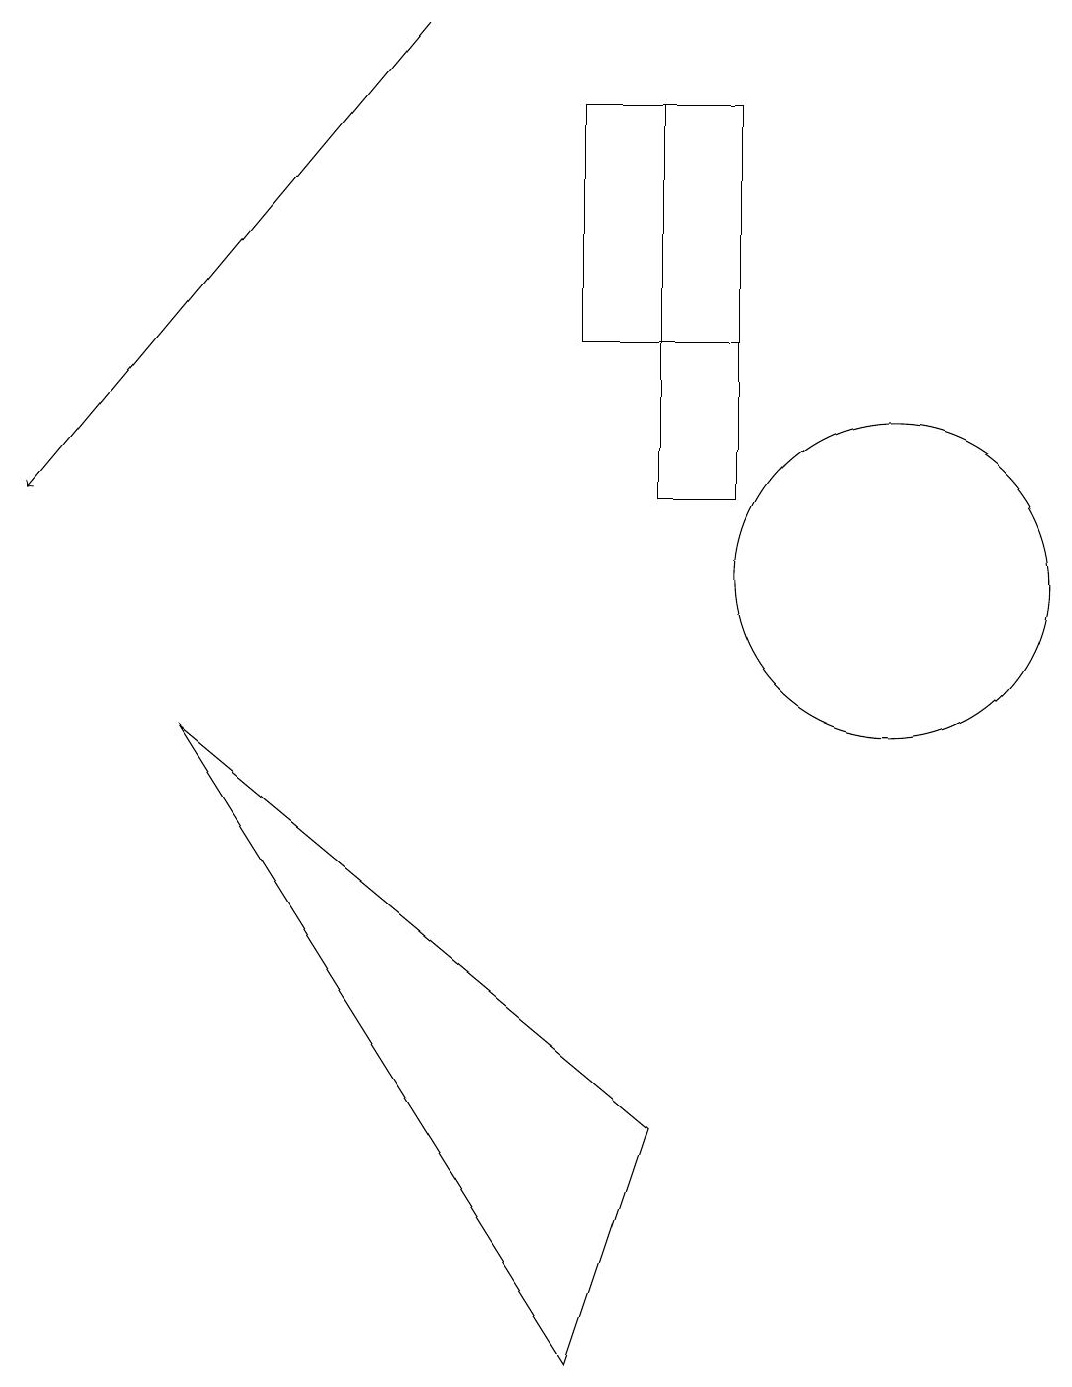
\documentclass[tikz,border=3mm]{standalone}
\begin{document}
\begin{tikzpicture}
\draw (7,13) rectangle (9,16);
\draw (8,11) rectangle (9,16);
\draw[->] (5,17) -- (0,11);
\draw (11,10) circle (2);
\draw (2,8) -- (8,3) -- (7,0) -- cycle;
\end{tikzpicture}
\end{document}